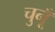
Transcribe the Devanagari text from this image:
चुनूँ